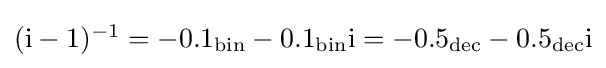
\textstyle (\mathrm {i} -1)^{-1}=-0.1_{\text{bin}}-0.1_{\text{bin}}\mathrm {i} =-0.5_{\text{dec}}-0.5_{\text{dec}}\mathrm {i}